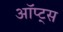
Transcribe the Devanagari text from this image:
ऑप्ट्स